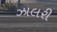
ઝાલરી